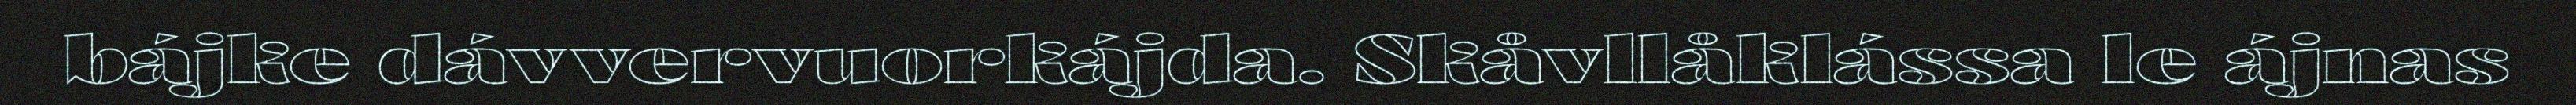
bájke dávvervuorkájda. Skåvllåklássa le ájnas